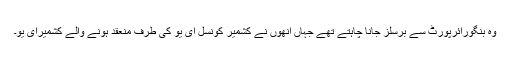
وہ بنگورائرپورٹ سے برسلز جانا چاہتے تھے جہاں انھوں نے کشمیر کونسل ای یو کی طرف منعقد ہونے والے کشمیرای یو۔